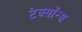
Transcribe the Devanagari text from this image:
टेक्सॉन्स